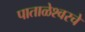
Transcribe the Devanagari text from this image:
पाताळेश्वरचे